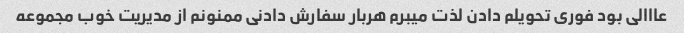
عااالی بود فوری تحویلم دادن لذت میبرم هربار سفارش دادنی ممنونم از مدیریت خوب مجموعه